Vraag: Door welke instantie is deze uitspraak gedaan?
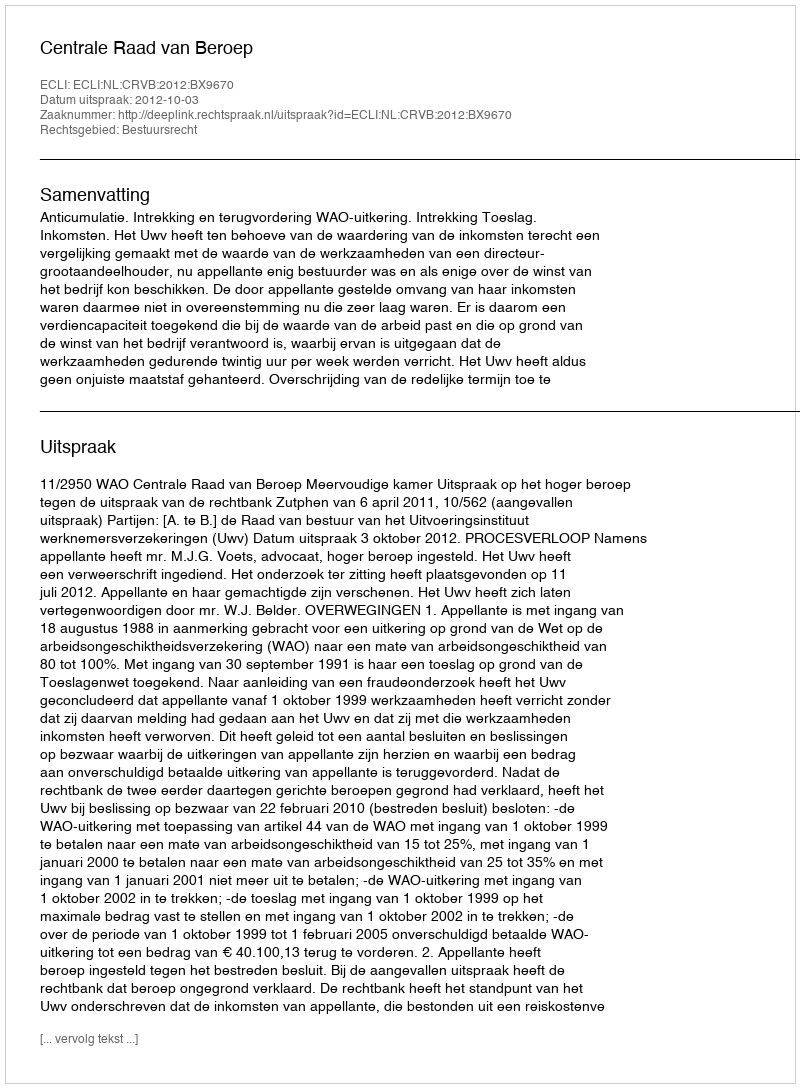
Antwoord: Centrale Raad van Beroep